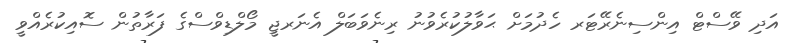
އަދި ވޭސްޓް އިންސިނެރޭޓަރ ހެދުމަށް ޙަވާލުކުރެވުނު ރިނެވަބަލް އެނަރޖީ މޯލްޑިވްސްގެ ފަރާތުން ސޮއިކުރެއްވީ